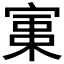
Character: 𡩪